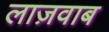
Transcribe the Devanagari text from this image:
लाज़वाब